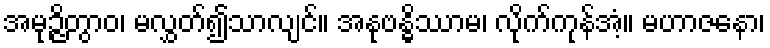
အမုဉ္ဇိတွာဝ၊ မလွှတ်၍သာလျင်။ အနုဗန္ဓိဿာမ၊ လိုက်ကုန်အံ့။ မဟာဇနော၊